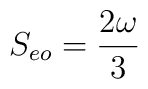
S_{eo} = {{2 \omega} \over {3}}